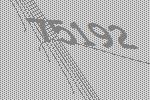
75192